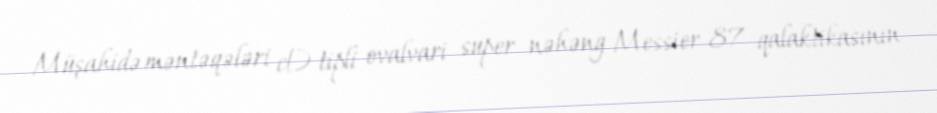
Müşahidə məntəqələri cD tipli ovalvari super nəhəng Messier 87 qalaktikasının